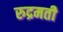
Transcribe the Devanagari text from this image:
रुद्रमती